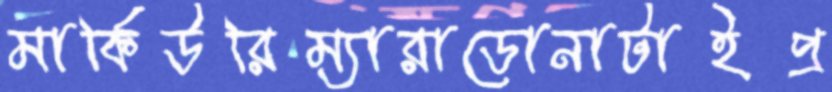
মার্কিউরিম্যারাডোনাটাইপ্র